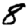
Digit: 8